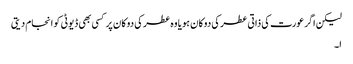
لیکن اگر عورت کی ذاتی عطر کی دوکان ہو یا وہ عطر کی دوکان پر کسی بھی ڈیوٹی کو انجام دیتی
ا۔